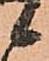
候